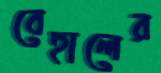
বেহালের